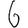
Digit: 6